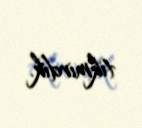
tikmirdik.